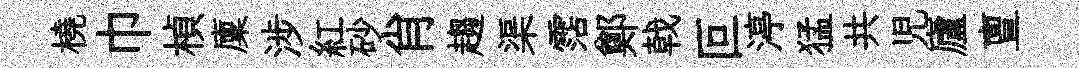
橈巾楨廩涉紅砂肖趨渠霑鄭戟叵渟猛共児廬亶